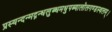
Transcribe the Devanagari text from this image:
प्रस्यन्दन्मद्गन्धलुब्धमधुपब्यालोलगण्डस्थलम्।